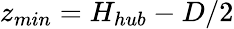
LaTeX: z_{min}=H_{hub}-D/2